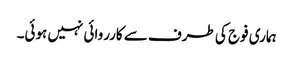
ہماری فوج کی طرف سے کارروائی نہیں ہوئی۔